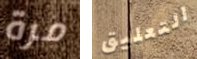
مرة التعليق